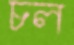
চল